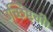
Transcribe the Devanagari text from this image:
उच्छिष्टची।